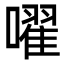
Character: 嚁